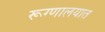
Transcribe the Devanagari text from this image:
रूग्‍णालयात